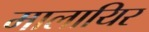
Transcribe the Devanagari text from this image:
मालायिर